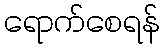
ရောက်စေရန်